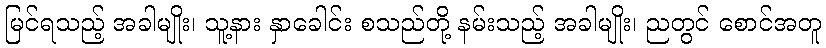
မြင်ရသည့် အခါမျိုး၊ သူ့နား နှာခေါင်း စသည်တို့ နမ်းသည့် အခါမျိုး၊ ညတွင် စောင်အတူ